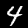
Digit: 4